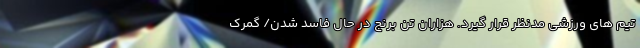
تیم های ورزشی مدنظر قرار گیرد. هزاران تن برنج در حال فاسد شدن/ گمرک